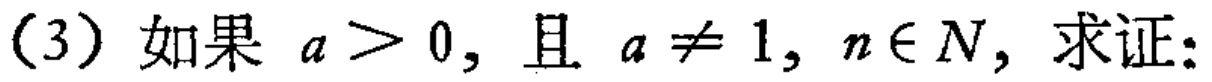
(3) 如果 \(a > 0\)，且 \(a \neq 1\)，\(n\in N\)，求证：